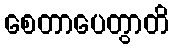
စေတာပေတွာတိ